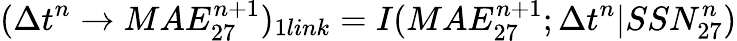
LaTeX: \large(\Delta t^{n}\rightarrow MAE_{27}^{n+1}\large)_{1link}=I(MAE_{27}^{n+1};\Delta t^{n}|SSN_{27}^{n})